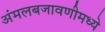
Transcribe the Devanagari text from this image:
अंमलबजावणीमध्ये